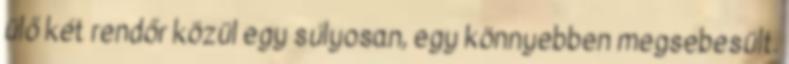
ülő két rendőr közül egy súlyosan, egy könnyebben megsebesült.